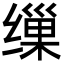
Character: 缫